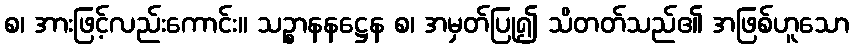
စ၊ အားဖြင့်လည်းကောင်း။ သဉ္စာနနဋ္ဌေန စ၊ အမှတ်ပြု၍ သိတတ်သည်၏ အဖြစ်ဟူသော